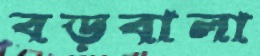
বড়বালা